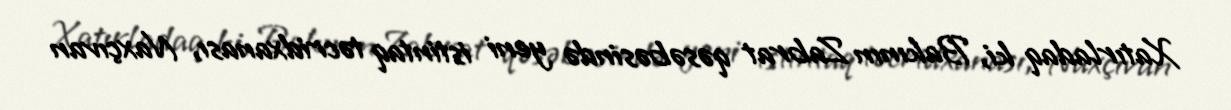
Xatırladaq ki, Bakının Zabrat qəsəbəsində yeni istintaq təcridxanası, Naxçıvan